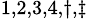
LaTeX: ^{1,2,3,4,\dagger,\ddagger}